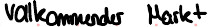
vollkommender Markt